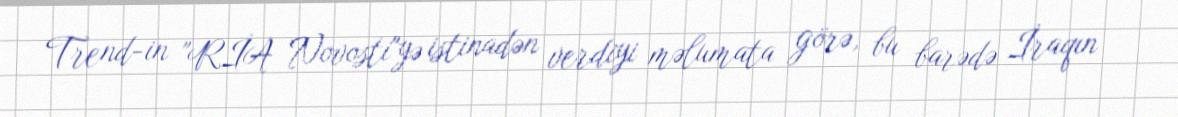
Trend-in "RİA Novosti"yə istinadən verdiyi məlumata görə, bu barədə İraqın